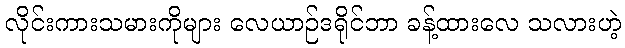
လိုင်းကားသမားကိုများ လေယာဉ်ဒရိုင်ဘာ ခန့်ထားလေ သလားဟဲ့